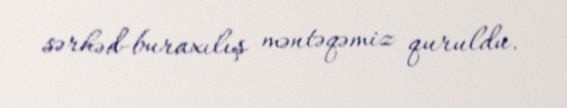
sərhəd-buraxılış məntəqəmiz quruldu.